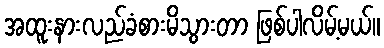
အထူးနားလည်ခံစားမိသွားတာ ဖြစ်ပါလိမ့်မယ်။